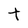
Character: t